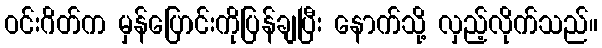
ဝင်းဂိတ်က မှန်ပြောင်းကိုပြန်ချပြီး နောက်သို့ လှည့်လိုက်သည်။